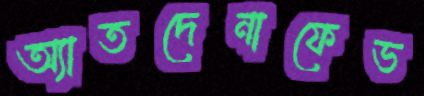
অ্যাতদেনাফেভ